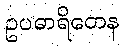
ဥပဓာရိတေန